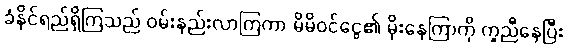
ခံနိုင်ရည်ရှိကြသည် ဝမ်းနည်းလာကြကာ မိမိဝင်ငွေ၏ မိုးနေကြာကို ကူညီနေပြီး